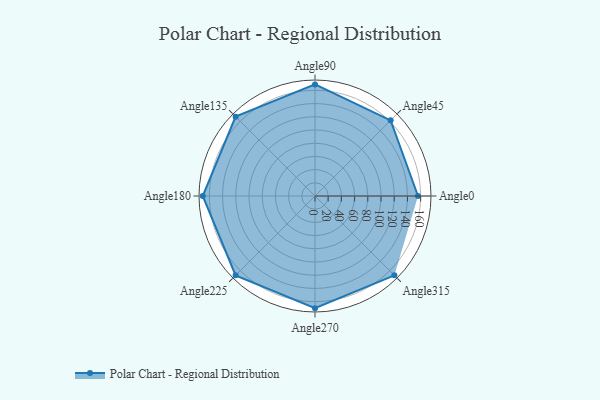
{"axis": {"x": "Angle", "y": "Radius"}, "legend": [""], "data": [{"x": "Angle0", "y": 156.0, "type": ""}, {"x": "Angle45", "y": 162.0, "type": ""}, {"x": "Angle90", "y": 169.0, "type": ""}, {"x": "Angle135", "y": 170, "type": ""}, {"x": "Angle180", "y": 170, "type": ""}, {"x": "Angle225", "y": 170, "type": ""}, {"x": "Angle270", "y": 170, "type": ""}, {"x": "Angle315", "y": 170, "type": ""}]}